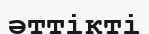
әттікті